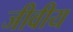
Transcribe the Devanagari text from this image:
जीवीय